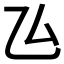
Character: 𠫕